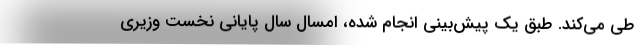
طی می‌کند. طبق یک پیش‌بینی انجام شده، امسال سال پایانی نخست وزیری